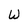
Character: W